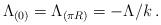
LaTeX: \begin{align*}\Lambda_{(0)}=\Lambda_{(\pi R)}=-\Lambda/k\, .\end{align*}